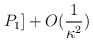
\begin{align*}P_{1}]+O(\frac{1}{\kappa^{2}})\end{align*}